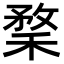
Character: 𥠪